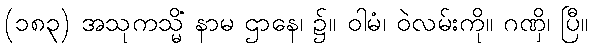
(၁၈၃) အသုကသ္မိံ နာမ ဌာနေ၊ ၌။ ဝါမံ၊ ဝဲလမ်းကို။ ဂဏှိ၊ ပြီ။